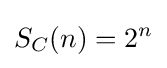
S_{C}(n)=2^{n}